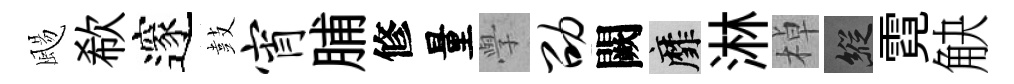
颺欷邃鼓宵脯修量𭓕劭闕靡淋棹縱霓觖